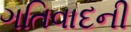
ગતિવાદની